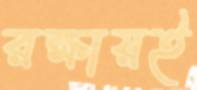
রক্ষায়ই